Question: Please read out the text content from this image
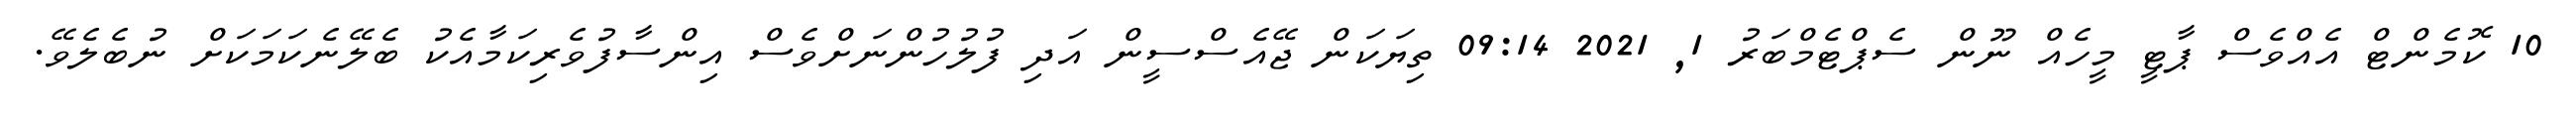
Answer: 10 ކޮމެންޓް އެއްވެސް ޕާޓީ މީހެއް ނޫން ސެޕްޓެމްބަރު 1, 2021 09:14 ތިޔަކަން ޖޭއެސްސީން އަދި ފުލުހުންނަށްވެސް އިންސާފުވެރިކަމާއެކު ބެލޭނެކަމަކަށް ނުބެލެވޭ.